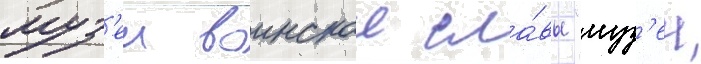
муз'еи воинскои сла́вы "муз'еи